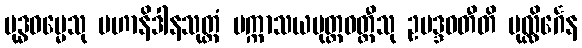
ဗုဒ္ဓဓမ္မေသု မဟာနိဒါနသုတ္တံ ပက္ကာသယမုတ္တဝတ္ထီသု ဥပဒ္ဒဝတီတိ ပုလ္လိင်္ဂေန